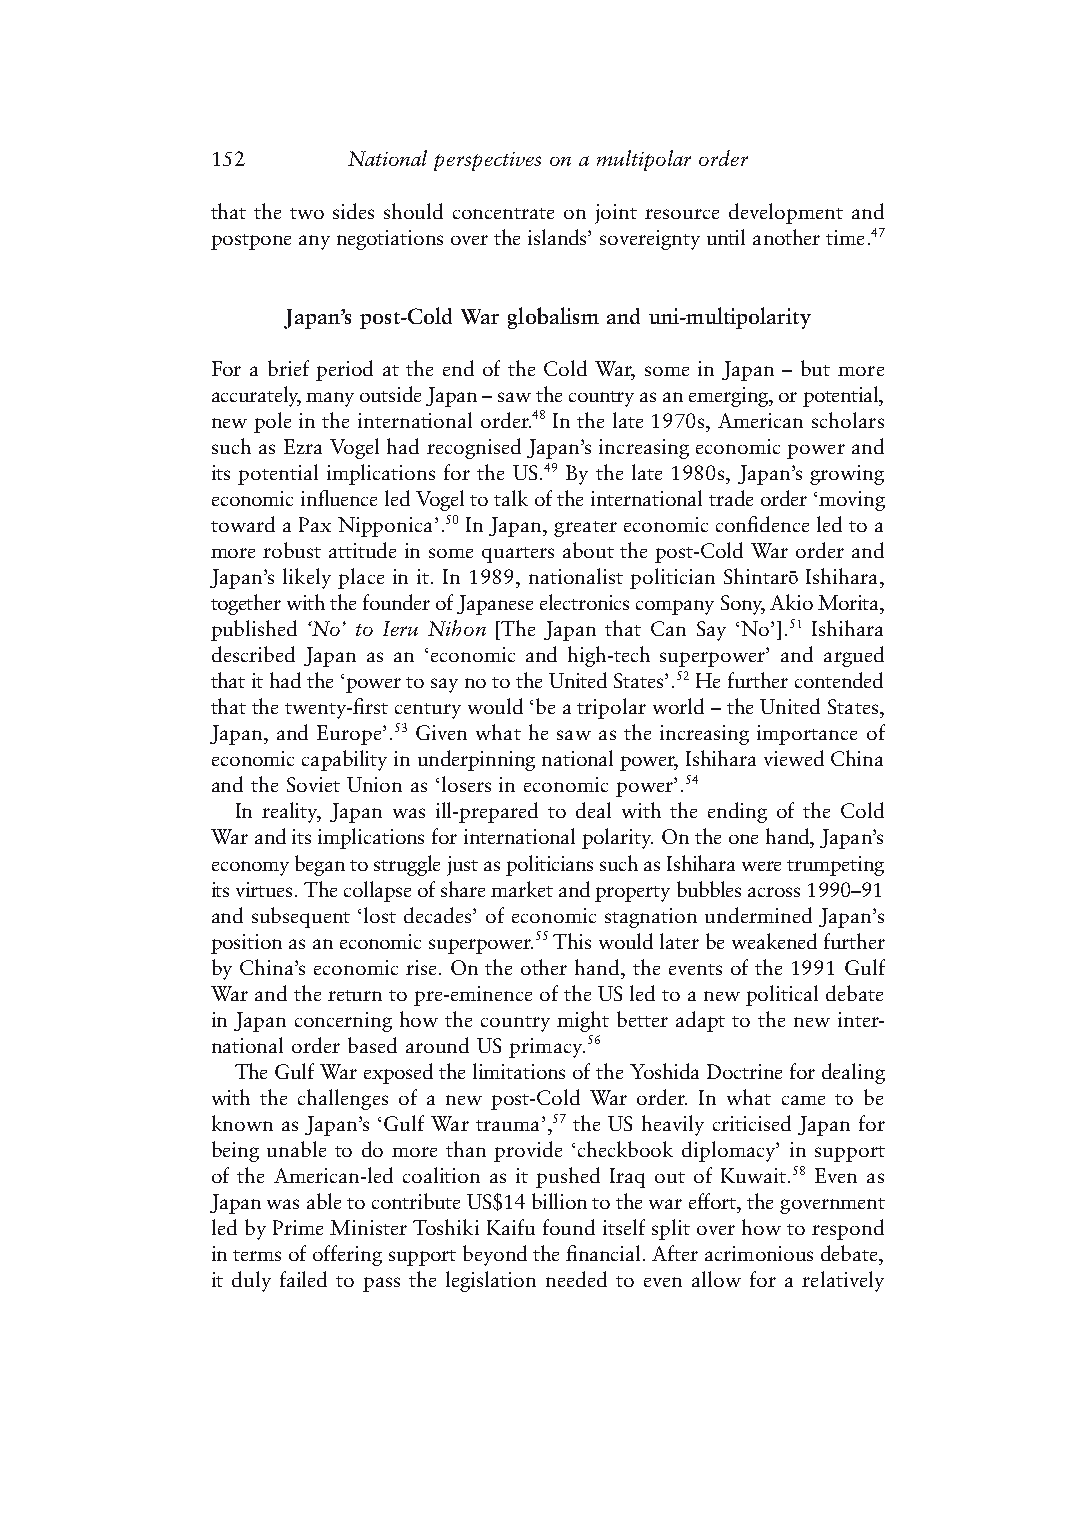
152      National perspectives on a multipolar order
 that the two sides should concentrate on joint resource development and
 postpone any negotiations over the islands’ sovereignty until another time.47
 Japan’s post-Cold War globalism and uni-multipolarity
 For a brief period at the end of the Cold War, some in Japan – but more
 accurately, many outside Japan – saw the country as an emerging, or potential,
 new pole in the international order.48 In the late 1970s, American scholars
 such as Ezra Vogel had recognised Japan’s increasing economic power and
 its potential implications for the US.49 By the late 1980s, Japan’s growing
 economic influence led Vogel to talk of the international trade order ‘moving
 toward a Pax Nipponica’.50 In Japan, greater economic confidence led to a
 more robust attitude in some quarters about the post-Cold War order and
 Japan’s likely place in it. In 1989, nationalist politician Shintarō Ishihara,
 together with the founder of Japanese electronics company Sony, Akio Morita,
 published ‘No’ to Ieru Nihon [The Japan that Can Say ‘No’].51 Ishihara
 described Japan as an ‘economic and high-tech superpower’ and argued
 that it had the ‘power to say no to the United States’.52 He further contended
 that the twenty-first century would ‘be a tripolar world – the United States,
 Japan, and Europe’.53 Given what he saw as the increasing importance of
 economic capability in underpinning national power, Ishihara viewed China
 and the Soviet Union as ‘losers in economic power’.54
 In reality, Japan was ill-prepared to deal with the ending of the Cold
 War and its implications for international polarity. On the one hand, Japan’s
 economy began to struggle just as politicians such as Ishihara were trumpeting
 its virtues. The collapse of share market and property bubbles across 1990–91
 and subsequent ‘lost decades’ of economic stagnation undermined Japan’s
 position as an economic superpower.55 This would later be weakened further
 by China’s economic rise. On the other hand, the events of the 1991 Gulf
 War and the return to pre-eminence of the US led to a new political debate
 in Japan concerning how the country might better adapt to the new inter-
 national order based around US primacy.56
 The Gulf War exposed the limitations of the Yoshida Doctrine for dealing
 with the challenges of a new post-Cold War order. In what came to be
 known as Japan’s ‘Gulf War trauma’,57 the US heavily criticised Japan for
 being unable to do more than provide ‘checkbook diplomacy’ in support
 of the American-led coalition as it pushed Iraq out of Kuwait.58 Even as
 Japan was able to contribute US$14 billion to the war effort, the government
 led by Prime Minister Toshiki Kaifu found itself split over how to respond
 in terms of offering support beyond the financial. After acrimonious debate,
 it duly failed to pass the legislation needed to even allow for a relatively